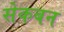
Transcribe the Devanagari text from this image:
सेकबन